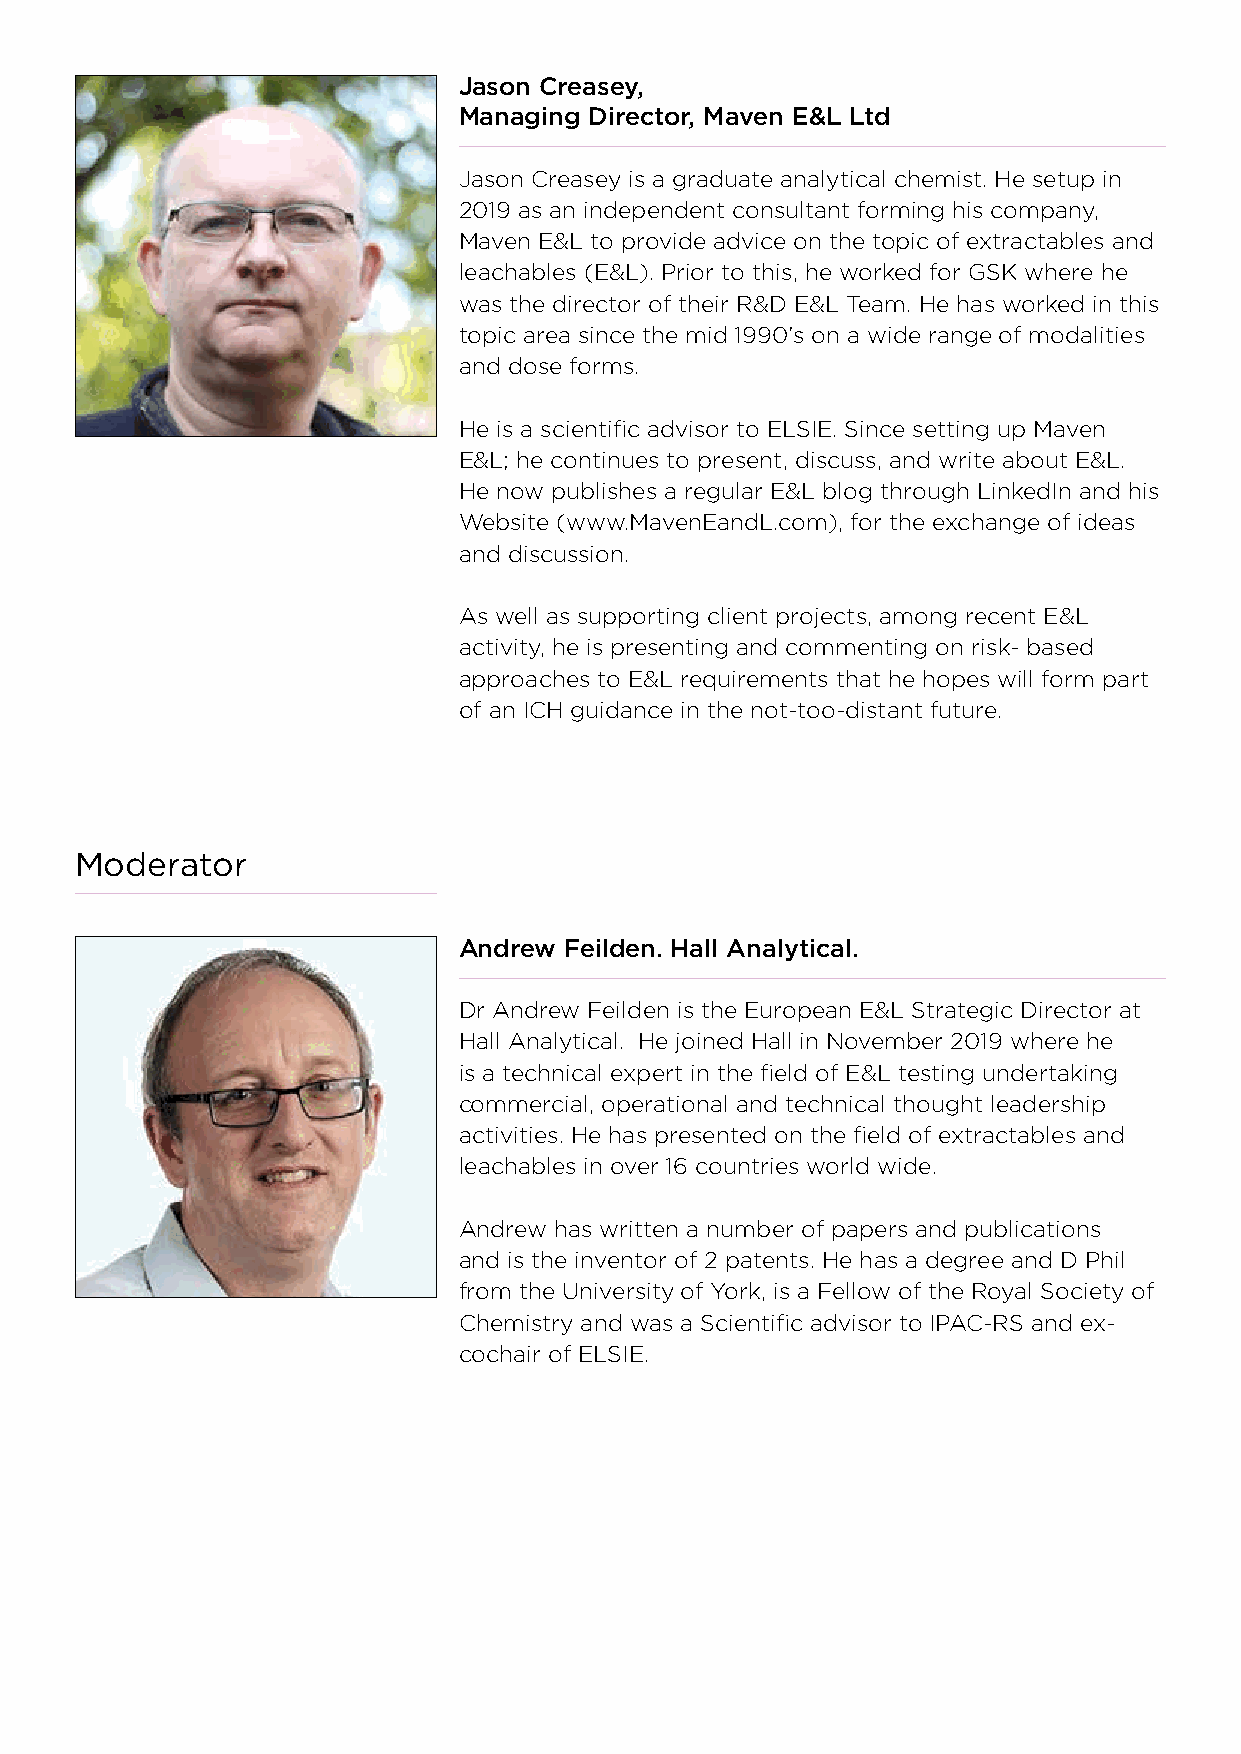
Jason Creasey,
 Managing Director, Maven E&L Ltd
 Jason Creasey is a graduate analytical chemist. He setup in
 2019 as an independent consultant forming his company,
 Maven E&L to provide advice on the topic of extractables and
 leachables (E&L). Prior to this, he worked for GSK where he
 was the director of their R&D E&L Team. He has worked in this
 topic area since the mid 1990’s on a wide range of modalities
 and dose forms.
 He is a scientific advisor to ELSIE. Since setting up Maven
 E&L; he continues to present, discuss, and write about E&L.
 He now publishes a regular E&L blog through LinkedIn and his
 Website (www.MavenEandL.com), for the exchange of ideas
 and discussion.
 As well as supporting client projects, among recent E&L
 activity, he is presenting and commenting on risk- based
 approaches to E&L requirements that he hopes will form part
 of an ICH guidance in the not-too-distant future.
 Moderator
 Andrew Feilden. Hall Analytical.
 Dr Andrew Feilden is the European E&L Strategic Director at
 Hall Analytical. He joined Hall in November 2019 where he
 is a technical expert in the field of E&L testing undertaking
 commercial, operational and technical thought leadership
 activities. He has presented on the field of extractables and
 leachables in over 16 countries world wide.
 Andrew has written a number of papers and publications
 and is the inventor of 2 patents. He has a degree and D Phil
 from the University of York, is a Fellow of the Royal Society of
 Chemistry and was a Scientific advisor to IPAC-RS and ex-
 cochair of ELSIE.